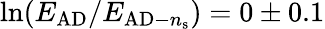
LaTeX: \ln(E_{\mathrm{AD}}/E_{\mathrm{AD}-n_{\mathrm{s}}})=0\pm 0.1